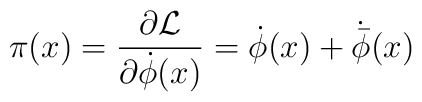
\pi(x) = \frac{\partial {\cal L}}{\partial {\dot \phi}(x)} ={\dot \phi}(x) + {\dot {\bar \phi}}(x)